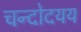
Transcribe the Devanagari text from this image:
चन्दोदयय